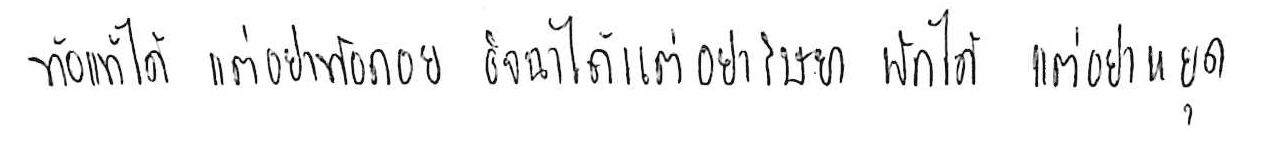
ท้อแท้ได้ แต่อย่าท้อถอย อิจฉาได้ แต่อย่าริษยา พักได้ แต่อย่าหยุด